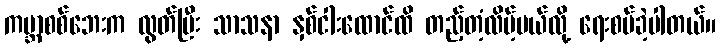
ကမ္ဘာစစ်ဘေးက လွတ်ပြီး သာသနာ နှစ်ငါးထောင်ထိ တည့်တံ့လိမ့်မယ်လို့ ရေးစပ်ခဲ့ပါတယ်။